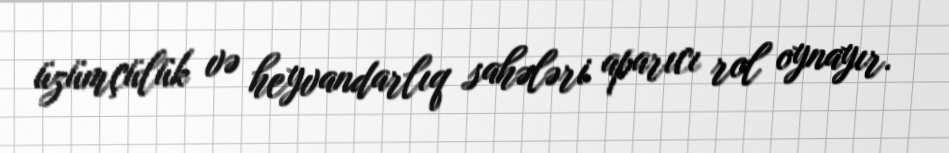
üzümçülük və heyvandarlıq sahələri aparıcı rol oynayır.